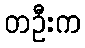
တဦးက